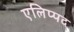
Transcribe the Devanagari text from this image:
एलिप्पद